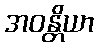
အဝန္တိယာ